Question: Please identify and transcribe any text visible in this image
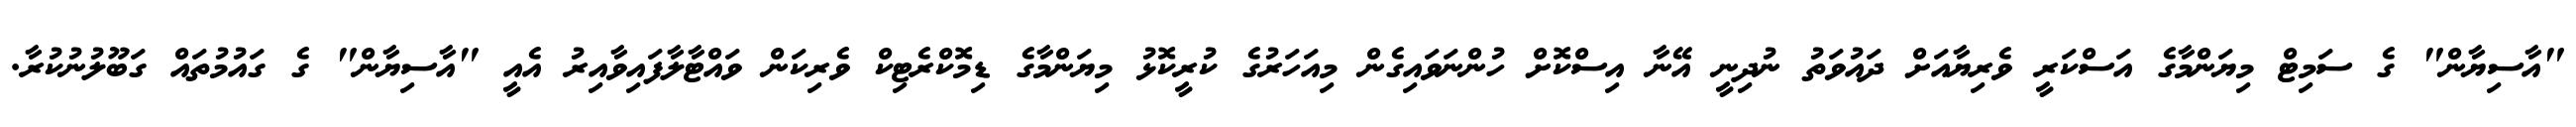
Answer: "އާސިޔާން" ގެ ސަމިޓް މިޔަންމާގެ އަސްކަރީ ވެރިޔާއަށް ދައުވަތު ނުދިނީ އޭނާ އިސްކޮށް ހުންނަވައިގެން މިއަހަރުގެ ކުރީކޮޅު މިޔަންމާގެ ޑިމޮކްރެޓިކް ވެރިކަން ވައްޓާލާފައިވާއިރު އެއީ "އާސިޔާން" ގެ ގައުމުތައް ގަބޫލުނުކުރާ.